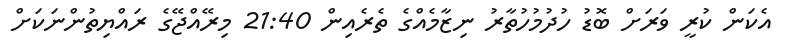
އެކަން ކުރީ ވަރަށް ބޮޑު ހުދުމުހުތާރު ނިޒާމެއްގެ ތެރެއިން 21:40 މިރޭއްޖޭގެ ރައްޔިތުންނަކަށް